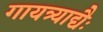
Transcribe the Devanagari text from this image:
गायत्र्याद्यैः